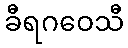
ခီရဂဝေသီ